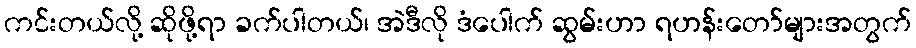
ကင်းတယ်လို့ ဆိုဖို့ရာ ခက်ပါတယ်၊ အဲဒီလို ဒံပေါက် ဆွမ်းဟာ ရဟန်းတော်များအတွက်